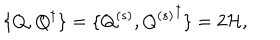
\{ Q , Q ^ { \dagger } \} = \{ Q ^ { ( s ) } , { Q ^ { ( s ) } } ^ { \dagger } \} = 2 { \cal H } ,